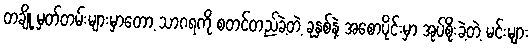
တချို့ မှတ်တမ်းများမှာတော့ သာဂရကို စတင်တည်ခဲ့တဲ့ ခုနှစ်နဲ့ အစောပိုင်းမှာ အုပ်စိုးခဲ့တဲ့ မင်းများ